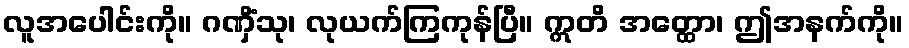
လူအပေါင်းကို။ ဂဏှိံသု၊ လုယက်ကြကုန်ပြီ။ ဣတိ အတ္ထော၊ ဤအနက်ကို။